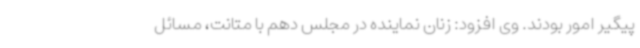
پیگیر امور بودند. وی افزود: زنان نماینده در مجلس دهم با متانت، مسائل